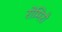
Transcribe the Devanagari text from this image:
रोमिरो